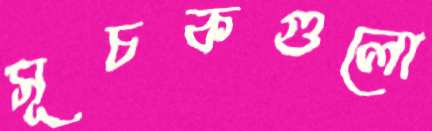
সূচকগুলো